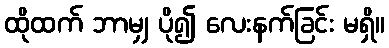
ထိုထက် ဘာမျှ ပို၍ လေးနက်ခြင်း မရှိ။